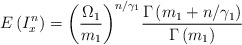
\begin{align*}E\left( I_{x}^{n} \right)={{\left( \frac{{{\Omega }_{1}}}{{{m}_{1}}} \right)}^{n/{{\gamma }_{1}}}}\frac{\Gamma \left( {{m}_{1}}+n/{{\gamma }_{1}} \right)}{\Gamma \left( {{m}_{1}} \right)}\end{align*}